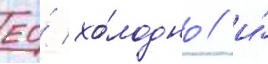
ео́ хо́лодно / и́